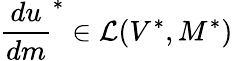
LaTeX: \frac{du}{dm}^{*}\in\mathcal{L}(V^{*},M^{*})